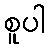
စူပါ